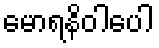
မောရနိဝါပေါ